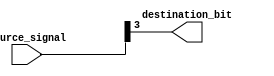
module bit_select_assign(
    input [7:0] source_signal, // 8-bit source signal
    output reg destination_bit // single destination bit
);

// Bit-select assign statement
assign destination_bit = source_signal[3]; // Assigning bit 3 from source_signal to destination_bit

endmodule